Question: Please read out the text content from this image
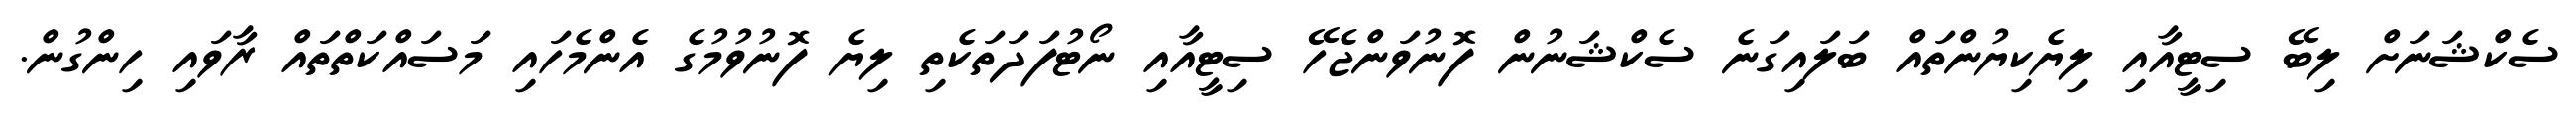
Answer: ސެކްޝަނަށް ލިބޭ ސިޓީއާއި ލިޔެކިޔުންތައް ބަލައިގަނެ ސެކްޝަނުން ފޮނުވަންޖެހޭ ސިޓީއާއި ނޯޓުފަދަތަކެތި ލިޔެ ފޮނުވުމުގެ އެންމެހައި މަސައްކަތްތައް ރާވައި ހިންގުން.